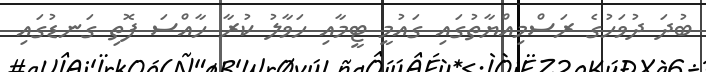
ބުދަ ދުވަހުގެ ރަސްމިއްޔާތުގައި ގައުމީ ޓީމާއި ހަވާލު ކުރާ ހާއްސަ ފޮތި ގަނޑުގައި